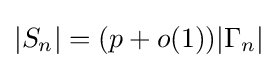
|S_{n}|=(p+o(1))|\Gamma _{n}|